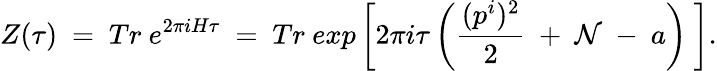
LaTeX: Z(\tau)~=~Tr~e^{2\pi iH\tau}~=~Tr~exp\left[2\pi i\tau\left(\frac{(p^{i})^{2}}{2}~+~{\cal N}~-~a\right)~\right].